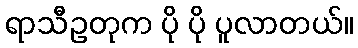
ရာသီဥတုက ပို ပို ပူလာတယ်။